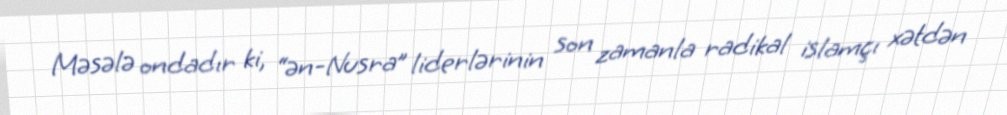
Məsələ ondadır ki, “ən-Nusra” liderlərinin son zamanla radikal islamçı xətdən